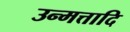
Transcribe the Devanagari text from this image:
उन्मत्तादि